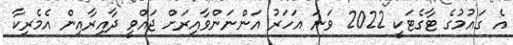
އެ ގައުމުގެ ޓާގެޓަކީ 2022 ވަނަ އަހަރު އަންނަންވާއިރަށް ޖައްވީ ދާއިރާއިން އެމެރިކާ